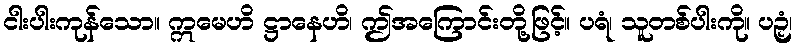
ငါးပါးကုန်သော။ ဣမေဟိ ဋ္ဌာနေဟိ၊ ဤအကြောင်းတို့ဖြင့်။ ပရံ၊ သူတစ်ပါးကို။ ပဉှံ၊